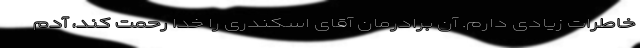
خاطرات زیادی دارم. آن برادرمان آقای اسکندری را خدا رحمت کند، آدم